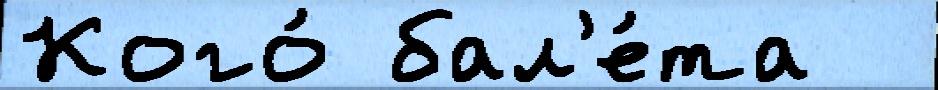
Кого́ бал'е́та